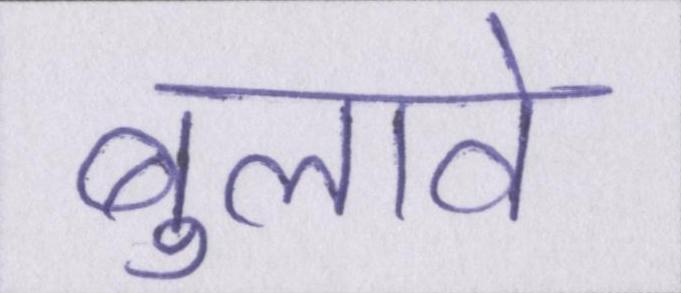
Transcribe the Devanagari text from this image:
बुलावे